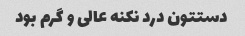
دستتون درد نکنه عالی و گرم بود